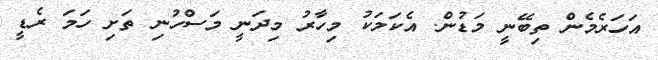
އަހަރެމެން ތިބޭނީ މަޑުން. އެކަމަކު މިހާރު މިދަނީ މަސްހުނި ތަށި ހަމަ ރެޑީ